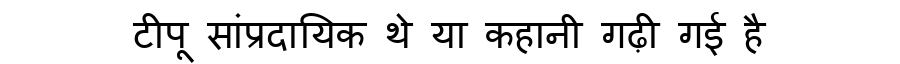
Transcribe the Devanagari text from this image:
टीपू सांप्रदायिक थे या कहानी गढ़ी गई है